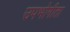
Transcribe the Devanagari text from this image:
उपभोगीता